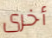
أخرى